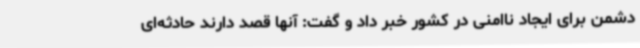
دشمن برای ایجاد ناامنی در کشور خبر داد و گفت: آنها قصد دارند حادثه‌ای